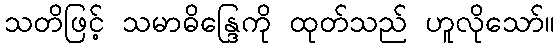
သတိဖြင့် သမာဓိန္ဒြေကို ထုတ်သည် ဟူလိုသော်။